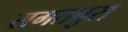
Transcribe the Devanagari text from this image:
सगतपुरा